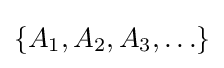
\{A_{1},A_{2},A_{3},\ldots \}